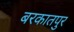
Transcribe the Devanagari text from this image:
बरकातपुर